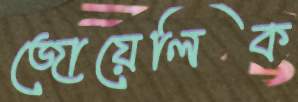
জোয়েলিক